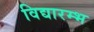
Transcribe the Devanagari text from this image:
विद्यारम्भ